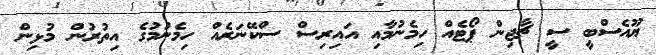
ޔޫއެސްބީ ސީ ޗާޖިން ޕޯޓެއް ހިމެނުމާއި އައިރިސް ސްކޭނަރެއް ހިމެނުމުގެ އިތުރުން މުޅިން